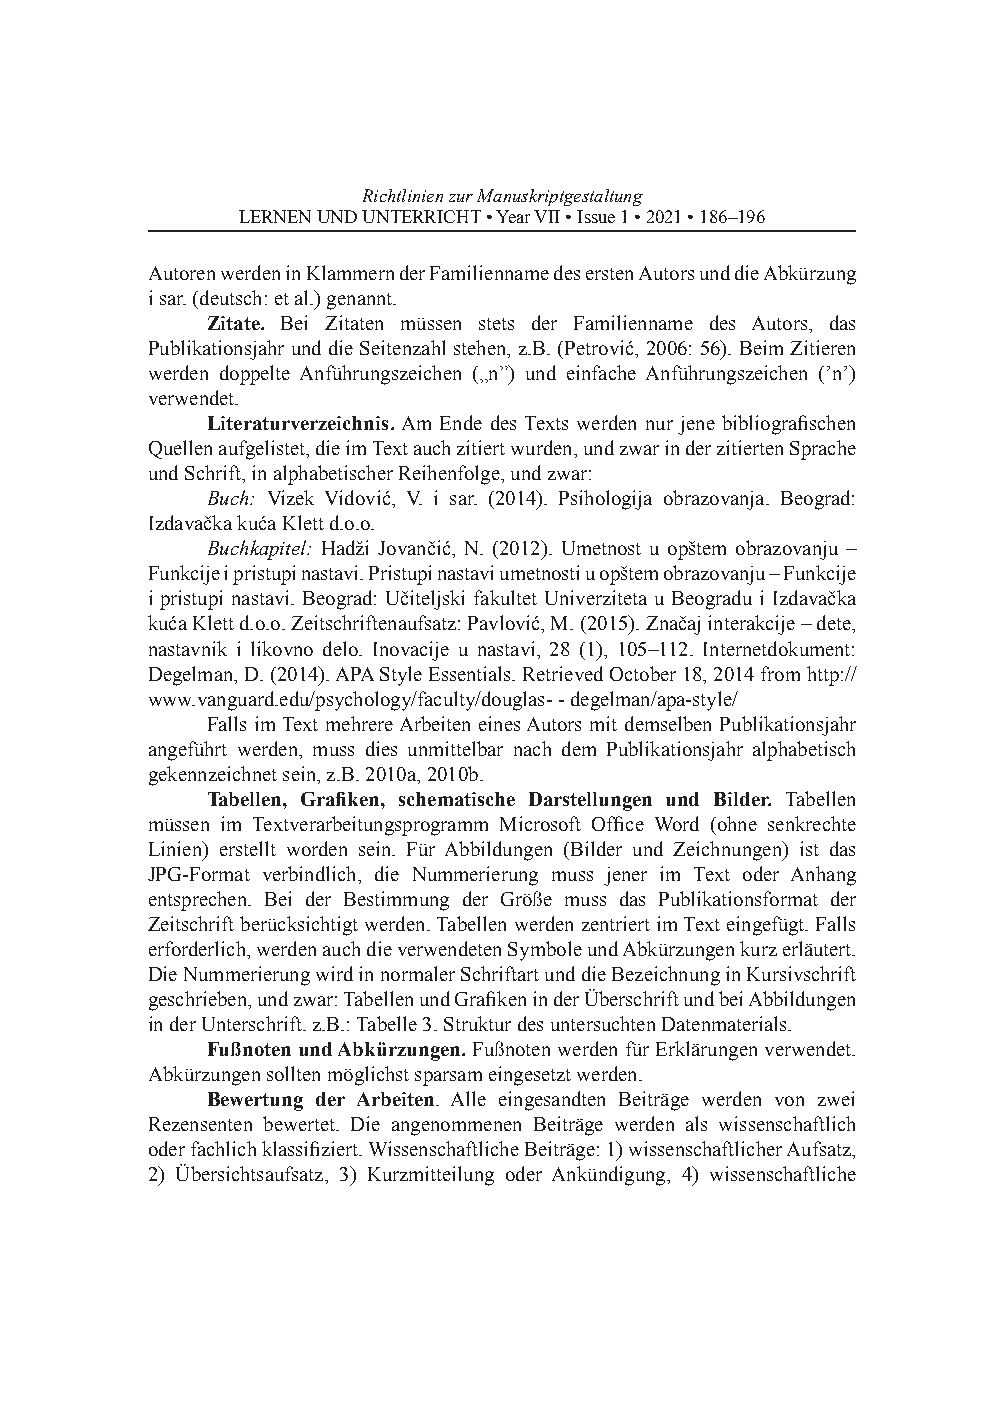
Richtlinien zur Manuskriptgestaltung
 LERNEN UND UNTERRICHT • Year VII • Issue 1 • 2021 • 186–196
 Autoren werden in Klammern der Familienname des ersten Autors und die Abkürzung
 i sar. (deutsch: et al.) genannt.
 Zitate. Bei Zitaten müssen stets der Familienname des Autors, das
 Publikationsjahr und die Seitenzahl stehen, z.B. (Petrović, 2006: 56). Beim Zitieren
 werden doppelte Anführungszeichen („nˮ) und einfache Anführungszeichen (’n’)
 verwendet.
 Literaturverzeichnis. Am Ende des Texts werden nur jene bibliografischen
 Quellen aufgelistet, die im Text auch zitiert wurden, und zwar in der zitierten Sprache
 und Schrift, in alphabetischer Reihenfolge, und zwar:
 Buch: Vizek Vidović, V. i sar. (2014). Psihologija obrazovanja. Beograd:
 Izdavačka kuća Klett d.o.o.
 Buchkapitel: Hadži Jovančić, N. (2012). Umetnost u opštem obrazovanju –
 Funkcije i pristupi nastavi. Pristupi nastavi umetnosti u opštem obrazovanju – Funkcije
 i pristupi nastavi. Beograd: Učiteljski fakultet Univerziteta u Beogradu i Izdavačka
 kuća Klett d.o.o. Zeitschriftenaufsatz: Pavlović, M. (2015). Značaj interakcije – dete,
 nastavnik i likovno delo. Inovacije u nastavi, 28 (1), 105‒112. Internetdokument:
 Degelman, D. (2014). АPA Style Essentials. Retrieved October 18, 2014 from http://
 www.vanguard.edu/psychology/faculty/douglas- - degelman/apa-style/
 Falls im Text mehrere Arbeiten eines Autors mit demselben Publikationsjahr
 angeführt werden, muss dies unmittelbar nach dem Publikationsjahr alphabetisch
 gekennzeichnet sein, z.B. 2010а, 2010b.
 Tabellen, Grafiken, schematische Darstellungen und Bilder. Tabellen
 müssen im Textverarbeitungsprogramm Microsoft Office Word (ohne senkrechte
 Linien) erstellt worden sein. Für Abbildungen (Bilder und Zeichnungen) ist das
 JPG-Format verbindlich, die Nummerierung muss jener im Text oder Anhang
 entsprechen. Bei der Bestimmung der Größe muss das Publikationsformat der
 Zeitschrift berücksichtigt werden. Tabellen werden zentriert im Text eingefügt. Falls
 erforderlich, werden auch die verwendeten Symbole und Abkürzungen kurz erläutert.
 Die Nummerierung wird in normaler Schriftart und die Bezeichnung in Kursivschrift
 geschrieben, und zwar: Tabellen und Grafiken in der Überschrift und bei Abbildungen
 in der Unterschrift. z.B.: Tabelle 3. Struktur des untersuchten Datenmaterials.
 Fußnoten und Abkürzungen. Fußnoten werden für Erklärungen verwendet.
 Abkürzungen sollten möglichst sparsam eingesetzt werden.
 Bewertung der Arbeiten. Alle eingesandten Beiträge werden von zwei
 Rezensenten bewertet. Die angenommenen Beiträge werden als wissenschaftlich
 oder fachlich klassifiziert. Wissenschaftliche Beiträge: 1) wissenschaftlicher Aufsatz,
 2) Übersichtsaufsatz, 3) Kurzmitteilung oder Ankündigung, 4) wissenschaftliche